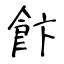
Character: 飰